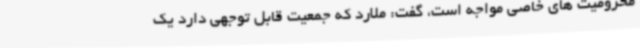
محرومیت های خاصی مواجه است، گفت: ملارد که جمعیت قابل توجهی دارد یک